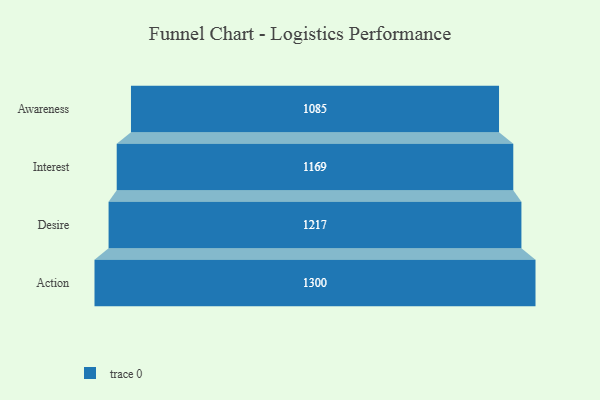
{"axis": {"x": "Stage", "y": "Value"}, "legend": [""], "data": [{"x": "Awareness", "y": 1085.0, "type": ""}, {"x": "Interest", "y": 1169.0, "type": ""}, {"x": "Desire", "y": 1217.0, "type": ""}, {"x": "Action", "y": 1300.0, "type": ""}]}